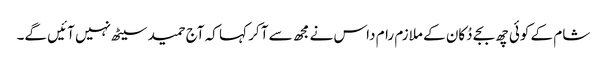
شام کے کوئی چھ بجے دُکان کے ملازم رام داس نے مجھ سے آ کر کہا کہ آج حمید سیٹھ نہیں آئیں گے۔